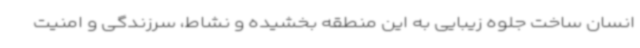
انسان ساخت جلوه زیبایی به این منطقه بخشیده و نشاط، سرزندگی و امنیت